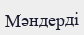
Мәндерді